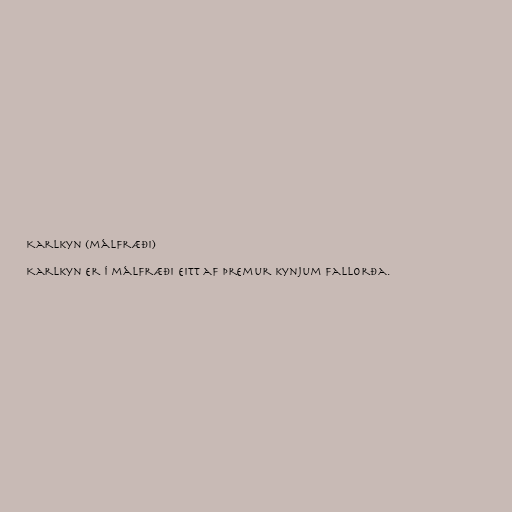
Karlkyn (málfræði)

Karlkyn er í málfræði eitt af þremur kynjum fallorða.